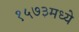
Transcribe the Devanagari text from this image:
१५७३मध्ये